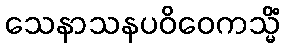
သေနာသနပဝိဝေကသ္မိံ